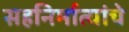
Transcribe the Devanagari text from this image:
सहनिर्मात्यांचे